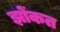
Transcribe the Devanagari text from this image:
झोंकत